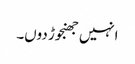
انہیں جھنجوڑ دوں۔